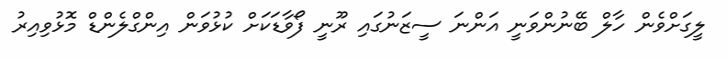
ލީގަށްވެން ހާލް ބޭނުންވަނީ އަންނަ ސީޒަނުގައި ރޫނީ ފޯވާޑަކަށް ކުޅުވަން އިންގްލެންޑް މޮޅުވިއިރު